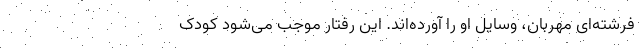
فرشته‌ای مهربان، وسایل او را آورده‌اند. این رفتار موجب می‌شود کودک